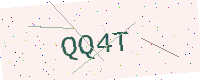
Text: QQ4T